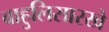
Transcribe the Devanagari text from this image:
बाहुलिसारखे